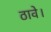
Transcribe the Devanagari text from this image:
ठावे।